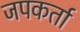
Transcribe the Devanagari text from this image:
जपकर्ता